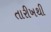
તારીખથી